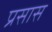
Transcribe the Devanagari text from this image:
प्रसास